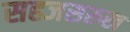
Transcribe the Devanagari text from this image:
सहजसरुख